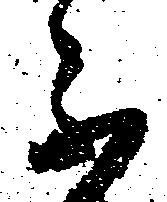
不